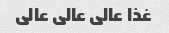
غذا عالی عالی عالی